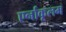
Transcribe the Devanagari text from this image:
एर्नाकूलम